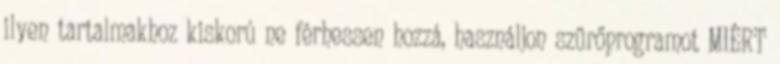
ilyen tartalmakhoz kiskorú ne férhessen hozzá, használjon szűrőprogramot MIÉRT